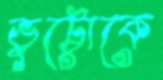
ভুট্টোকে